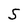
Character: S